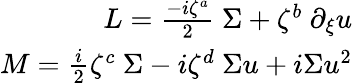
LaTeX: \begin{array}{r}{L=\frac{-i\zeta^{a}}{2}\ \Sigma+\zeta^{b}\ \partial_{\xi}u}\\ {M=\frac{i}{2}\zeta^{c}\ \Sigma-{i}{\zeta^{d}}\ \Sigma u+i\Sigma u^{2}}\end{array}